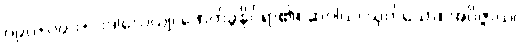
ဝ၉၀+ဝ၉၁+ ပဒါလေယျ၊ ဖောက်ခွနိုင်ရာ၏။ ဆဝါယ၊ ယုတ်သော။ အဝိဇ္ဇာယ၊